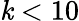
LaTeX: \mathit{k}<10